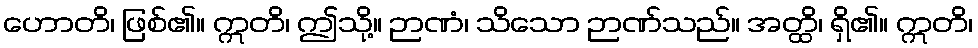
ဟောတိ၊ ဖြစ်၏။ ဣတိ၊ ဤသို့။ ဉာဏံ၊ သိသော ဉာဏ်သည်။ အတ္ထိ၊ ရှိ၏။ ဣတိ၊